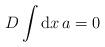
LaTeX: \begin{align*}D \int \mbox{d} x \, a = 0\end{align*}